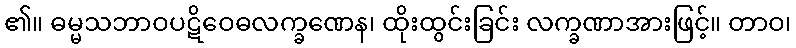
၏။ ဓမ္မသဘာဝပဋိဝေဓလက္ခဏေန၊ ထိုးထွင်းခြင်း လက္ခဏာအားဖြင့်။ တာဝ၊